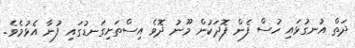
ދަތް އުނގުޅައި ހުސް ފެން ފޮދަކުން މޫނު ދޮވެ އިސްތަށިގަނޑުގައި ފުނާ އެޅުމެވެ.